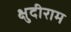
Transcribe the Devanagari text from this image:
क्षुदीराम